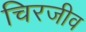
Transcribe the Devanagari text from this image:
चिरजीव